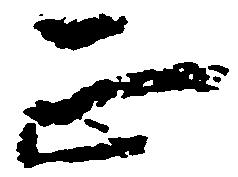
正